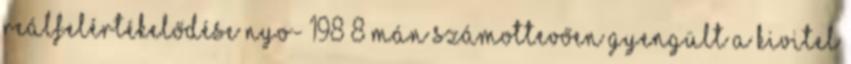
reálfelértékelődése nyo- 198 8 mán számottevően gyengült a kivitel